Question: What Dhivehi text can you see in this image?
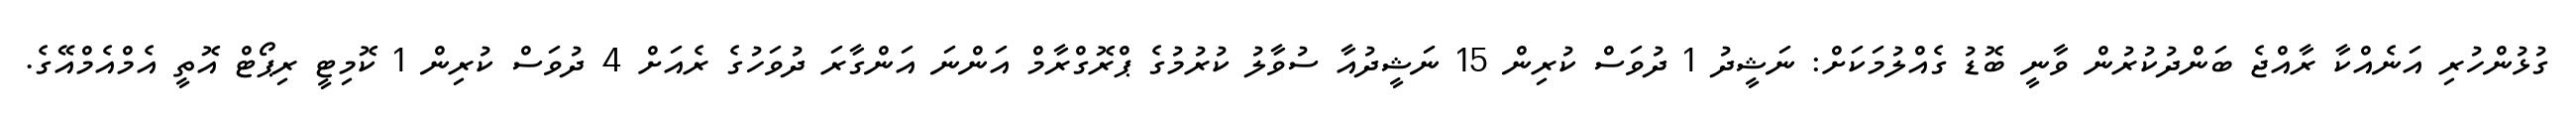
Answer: ގުޅުންހުރި އަނެއްކާ ރާއްޖެ ބަންދުކުރުން ވާނީ ބޮޑު ގެއްލުމަކަށް: ނަޝީދު 1 ދުވަސް ކުރިން 15 ނަޝީދުއާ ސުވާލު ކުރުމުގެ ޕްރޮގްރާމް އަންނަ އަންގާރަ ދުވަހުގެ ރެއަށް 4 ދުވަސް ކުރިން 1 ކޮމިޓީ ރިޕޯޓް އޮތީ އެމްއެމްއޭގެ.